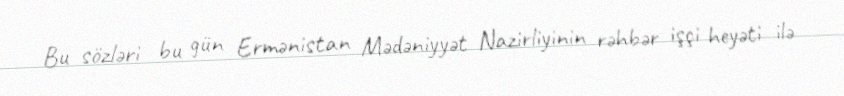
Bu sözləri bu gün Ermənistan Mədəniyyət Nazirliyinin rəhbər işçi heyəti ilə